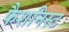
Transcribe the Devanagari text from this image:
फैशनिस्ट